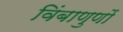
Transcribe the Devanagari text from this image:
विंबाणुणों